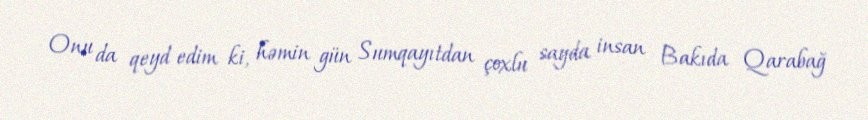
Onu da qeyd edim ki, həmin gün Sumqayıtdan çoxlu sayda insan Bakıda Qarabağ